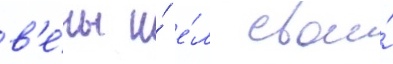
в'е́ны и́ е́л свои́